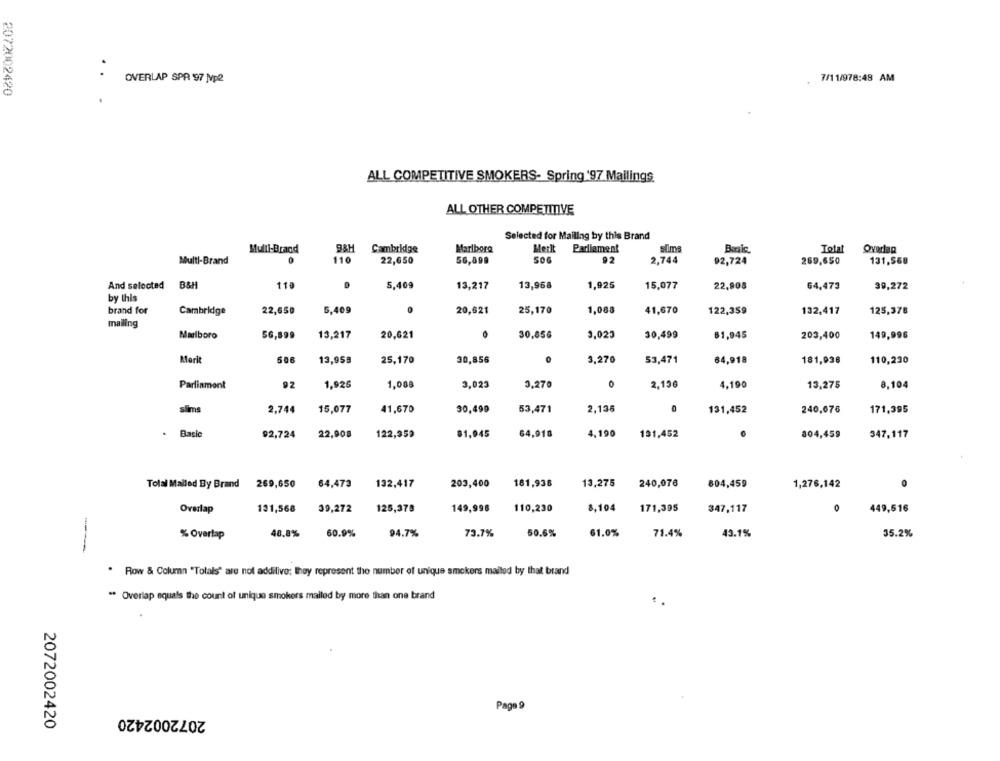
OVERLAP SPR 97 Mp2
7/1 1/978:48 AM
2072002420
ALL COMPETITIVE SMOKERS- Spring '97 Mailings
ALL OTHER COMPETITIVE
Selected for Mailing by this Brand
Multi-Brand
9&H
Cambridge
Marlboro
Merlt
Parlament
slims
Baale
Total
Overlap
Multi-Brand
110
22,650
56,899
92
2,744
92,724
269,650
131,568
And selected B&H
118
5,409
13,217
13,958
1,925
15,077
22,908
64,473
39,272
by this
brand for
Cambridge
22,65₽
5,409
20,621
25,170
1,088
41,670
122,359
132,417
125,378
mailing
Marlboro
56,899
13,217
20,621
0
30,856
3,023
30,499
81,945
203,400
149,996
Merit
506
13,959
25,170
30,856
3,270
53,471
64,918
181,038
110,230
Parliament
1,926
1,088
3,023
3.270
0
2,196
4.190
13,275
8,104
slims
2,744
15,077
41,670
30,499
53,471
2,136
131,452
240,076
171,395
Basic
92,724
22,908
122,359
81,945
64,910
4,190
131,452
304,459
347,117
Tolal Mailed By Brand 269,650
64,473
132,417
203,400
181,936
13,275
240,076
804,459
1,276,142
Overlap
131,568
39,272
125,378
149,998
110,230
8,104
171,395
347,117
449,516
40,8%
60.9%
94.7%
73.7%
50.6%
61.0%
71.4%
43.1%
35.2%
% Overlap
--
. Row & Column "Totals" are not addilive; they represent the number of unique smokers mailed by that brand
** Overlap equals the count of unique smokers mailed by more than one brand
Page 9
2072002420
2072002420